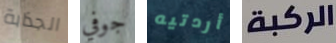
الجذابة جوفي أردتيه الركبة